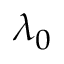
\lambda _ { 0 }